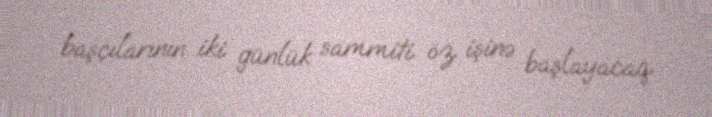
başçılarının iki günlük sammiti öz işinə başlayacaq.